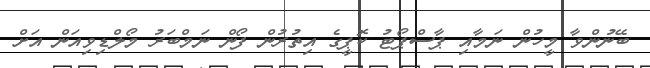
ބޭނުންވާ މީހުން ނަމާއި ޕާސްޕޯޓު ކޮޕީގެ އިތުރުން ފޯން ނަމްބަރު މޯލްޑިވިއަން އަށް